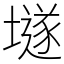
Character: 𡑞